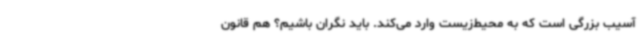
آسیب بزرگی است که به محیط‌زیست وارد می‌کند. باید نگران باشیم؟ هم قانون